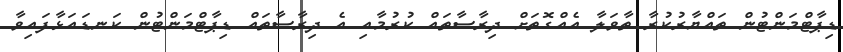
ޑިޕާޓްމަންޓުން ތައްޔާރުކުރާ ތާވަލާ އެއްގޮތަށް ދިރާސާތައް ކުރުމާއި އެ ދިރާސާތައް ޑިޕާޓްމަންޓުން ކަނޑައަޅާފައިވާ